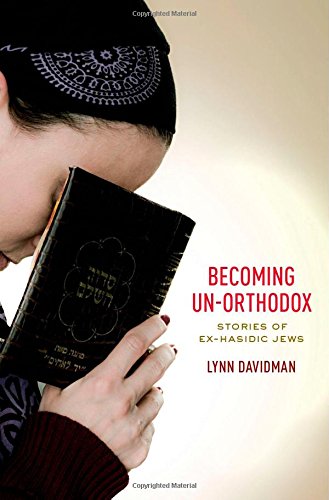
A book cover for Becoming Un-Orthodox: Stories of Ex-Hasidic Jews; Lynn Davidman; Religion & Spirituality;